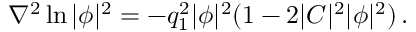
\nabla ^ { 2 } \ln | \phi | ^ { 2 } = - q _ { 1 } ^ { 2 } | \phi | ^ { 2 } ( 1 - 2 | C | ^ { 2 } | \phi | ^ { 2 } ) \, .